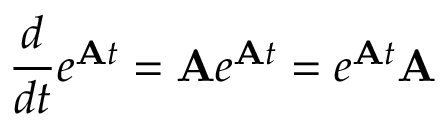
{ \frac { d } { d t } } e ^ { \mathbf { A } t } = \mathbf { A } e ^ { \mathbf { A } t } = e ^ { \mathbf { A } t } \mathbf { A }